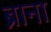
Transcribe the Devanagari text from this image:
ब्राना